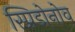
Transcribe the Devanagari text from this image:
स्प्रिडोनोव